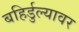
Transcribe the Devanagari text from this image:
बहिर्डुल्यावर